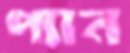
প্যান